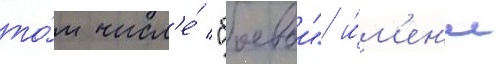
то́м числ'е́ "боевои" и́м'ен'и